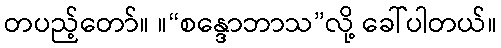
တပည့်တော်။ ။“စန္ဒောဘာသ”လို့ ခေါ်ပါတယ်။